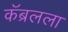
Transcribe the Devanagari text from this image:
कॅब्रलला